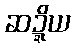
ဆဍ္ဍိယ